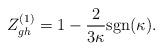
LaTeX: \begin{align*}Z^{(1)}_{gh}=1-\frac{2}{3\kappa}\mbox{sgn}(\kappa).\end{align*}